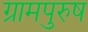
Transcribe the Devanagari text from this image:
ग्रामपुरुष